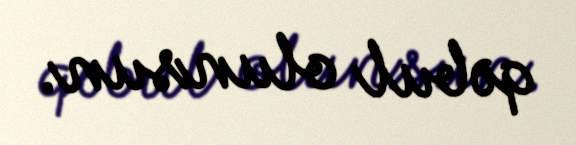
qəbul olunsun.